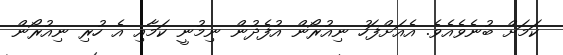
ކަމަށް ބުނެވެއެވެ. އެއަށްފަހު ނިއުރޯން އުފެދުން ނިމުނީ ކަމާއި އެ ހުރި ނިއުރޯން